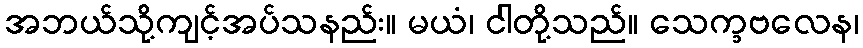
အဘယ်သို့ကျင့်အပ်သနည်း။ မယံ၊ ငါတို့သည်။ သေက္ခဗလေန၊